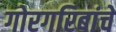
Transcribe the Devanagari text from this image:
गोरगरिबांचे